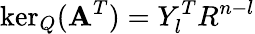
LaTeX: \ker_{Q}(\mathbf{A}^{T})=Y_{l}^{T}R^{n-l}